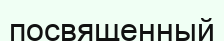
посвященный